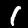
Digit: 1